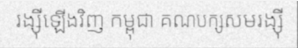
រង្ស៊ីឡើងវិញ កម្ពុជា គណបក្សសមរង្ស៊ី